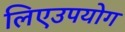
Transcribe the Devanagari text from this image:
लिएउपयोग